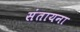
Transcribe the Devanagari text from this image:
संतायना